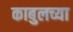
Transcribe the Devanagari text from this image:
काबुलच्या